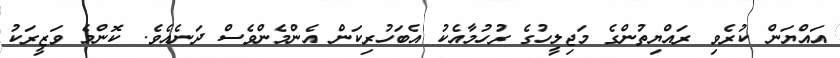
އައްޔަން ކުރެވި ރައްޔިތުންގެ މަޖިލީހުގެ ރުހުމާއެކު އެބަހުރިކަން އެންމެންވެސް ދަނެއެވެ. ކޮންމެ ވަޒީރަކު